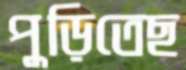
পুড়িতেছ